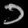
Digit: ၁